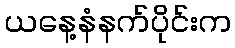
ယနေ့နံနက်ပိုင်းက